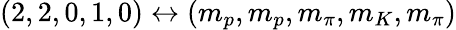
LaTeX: (2,2,0,1,0)\leftrightarrow(m_{p},m_{p},m_{\pi},m_{K},m_{\pi})